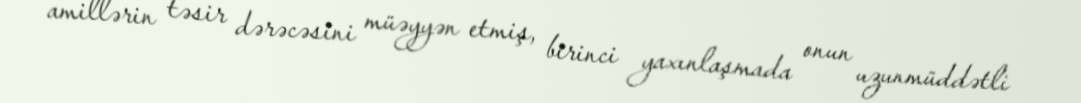
amillərin təsir dərəcəsini müəyyən etmiş, birinci yaxınlaşmada onun uzunmüddətli